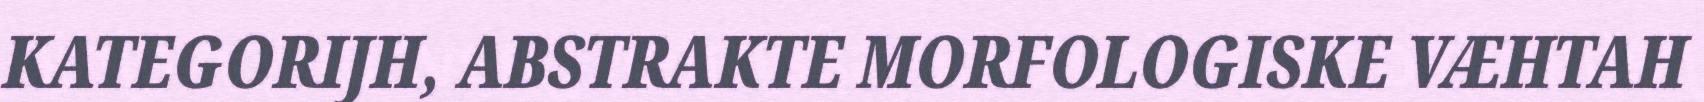
KATEGORIJH, ABSTRAKTE MORFOLOGISKE VÆHTAH